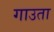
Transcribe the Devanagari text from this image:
गाउता